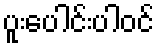
ပူးပေါင်းပါဝင်